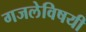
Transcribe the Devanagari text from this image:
गजलेविषयी